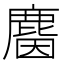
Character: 𪊦